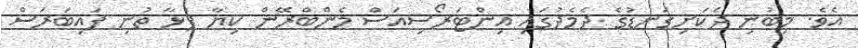
އެވެ. މިބުނި ދެކަށިގަނޑުގެ ދެމެދުގައި އިންޓަރޯސިއަސް މެންބްރޭން ކިޔާ ފުޅާ ތުނި ފައިބަރަސް